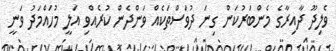
ވެލިދޫ ދާއިރާގެ މެންބަރުކަން ގިނަ ދުވަސްތަކެއް ވަންދެން ކުރެއްވި އަލީ މުހައްމަދު ވަނީ